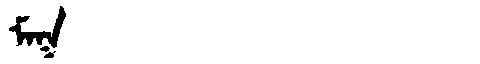
Manchu: ᠮᠠᡴ
Romanization: MAK